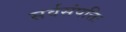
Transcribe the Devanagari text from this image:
सर्वसंपत्तिः